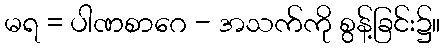
မရ = ပါဏစာဂေ - အသက်ကို စွန့်ခြင်း၌။